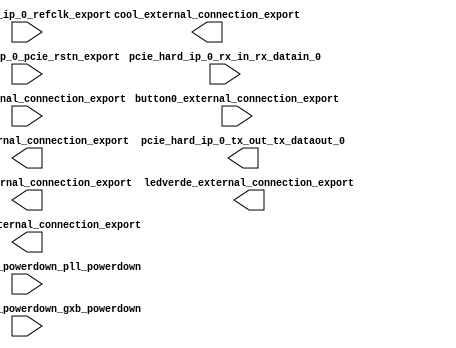

module pcihellocore (
	button0_external_connection_export,
	cool_external_connection_export,
	hexport_external_connection_export,
	inport_external_connection_export,
	ledextra_external_connection_export,
	ledverde_external_connection_export,
	ledvermelho_external_connection_export,
	pcie_hard_ip_0_pcie_rstn_export,
	pcie_hard_ip_0_powerdown_pll_powerdown,
	pcie_hard_ip_0_powerdown_gxb_powerdown,
	pcie_hard_ip_0_refclk_export,
	pcie_hard_ip_0_rx_in_rx_datain_0,
	pcie_hard_ip_0_tx_out_tx_dataout_0);	

	input	[15:0]	button0_external_connection_export;
	output	[31:0]	cool_external_connection_export;
	output	[31:0]	hexport_external_connection_export;
	input	[15:0]	inport_external_connection_export;
	output	[31:0]	ledextra_external_connection_export;
	output	[31:0]	ledverde_external_connection_export;
	output	[31:0]	ledvermelho_external_connection_export;
	input		pcie_hard_ip_0_pcie_rstn_export;
	input		pcie_hard_ip_0_powerdown_pll_powerdown;
	input		pcie_hard_ip_0_powerdown_gxb_powerdown;
	input		pcie_hard_ip_0_refclk_export;
	input		pcie_hard_ip_0_rx_in_rx_datain_0;
	output		pcie_hard_ip_0_tx_out_tx_dataout_0;
endmodule